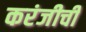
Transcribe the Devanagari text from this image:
करंजीची